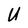
Character: U